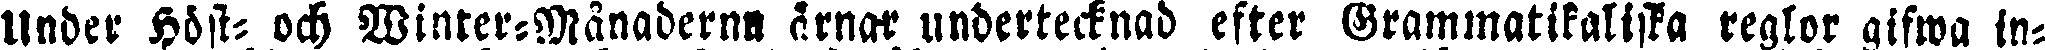
Under Höst- och Winter-Månaderna årnar undertecknad efter Grammatikaliska reglor gifwa in-